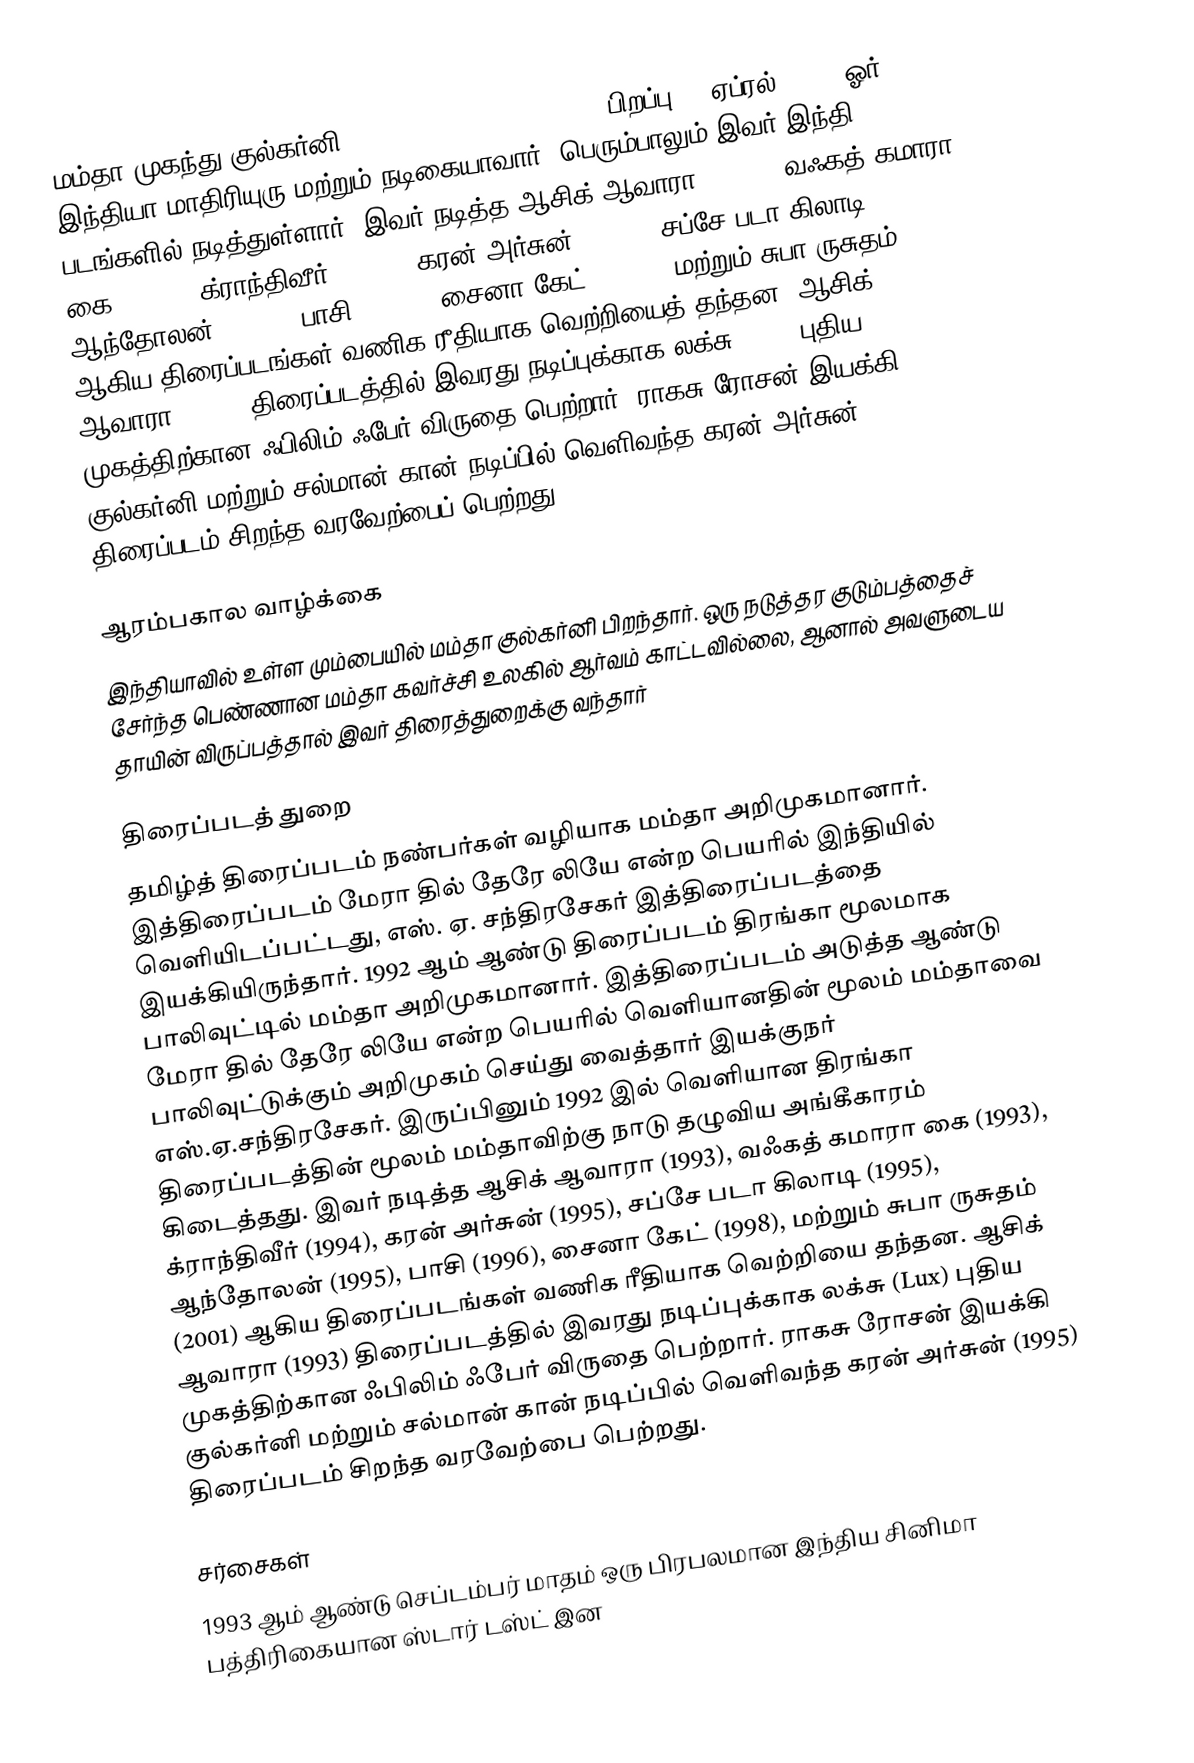
மம்தா முகந்து குல்கர்னி (Mamta Mukhund Kulkarni) (பிறப்பு:20 ஏப்ரல் 1972) ஓர் இந்தியா மாதிரியுரு மற்றும் நடிகையாவார். பெரும்பாலும் இவர் இந்தி படங்களில் நடித்துள்ளார். இவர் நடித்த ஆசிக் ஆவாரா (1993), வஃகத் கமாரா கை (1993), க்ராந்திவீர் (1994), கரன் அர்சுன் (1995), சப்சே படா கிலாடி (1995), ஆந்தோலன் (1995), பாசி (1996), சைனா கேட் (1998), மற்றும் சுபா ருசுதம் (2001) ஆகிய திரைப்படங்கள் வணிக ரீதியாக வெற்றியைத் தந்தன. ஆசிக் ஆவாரா (1993) திரைப்படத்தில் இவரது நடிப்புக்காக லக்சு (Lux) புதிய முகத்திற்கான ஃபிலிம் ஃபேர் விருதை பெற்றார். ராகசு ரோசன் இயக்கி குல்கர்னி மற்றும்  சல்மான் கான் நடிப்பில் வெளிவந்த கரன் அர்சுன் (1995) திரைப்படம் சிறந்த வரவேற்பைப் பெற்றது.

ஆரம்பகால வாழ்க்கை
இந்தியாவில் உள்ள மும்பையில் மம்தா குல்கர்னி பிறந்தார். ஒரு நடுத்தர குடும்பத்தைச் சேர்ந்த பெண்ணான மம்தா கவர்ச்சி உலகில் ஆர்வம் காட்டவில்லை, ஆனால் அவளுடைய தாயின் விருப்பத்தால் இவர் திரைத்துறைக்கு வந்தார்

திரைப்படத் துறை
தமிழ்த் திரைப்படம் நண்பர்கள் வழியாக மம்தா அறிமுகமானார். இத்திரைப்படம் மேரா தில் தேரே லியே என்ற பெயரில் இந்தியில் வெளியிடப்பட்டது, எஸ். ஏ. சந்திரசேகர் இத்திரைப்படத்தை இயக்கியிருந்தார். 1992 ஆம் ஆண்டு திரைப்படம் திரங்கா மூலமாக பாலிவுட்டில் மம்தா அறிமுகமானார். இத்திரைப்படம் அடுத்த ஆண்டு மேரா தில் தேரே லியே என்ற பெயரில் வெளியானதின் மூலம் மம்தாவை பாலிவுட்டுக்கும் அறிமுகம் செய்து வைத்தார் இயக்குநர் எஸ்.ஏ.சந்திரசேகர். இருப்பினும் 1992 இல் வெளியான  திரங்கா திரைப்படத்தின் மூலம் மம்தாவிற்கு நாடு தழுவிய அங்கீகாரம் கிடைத்தது. இவர் நடித்த ஆசிக் ஆவாரா (1993), வஃகத் கமாரா கை (1993), க்ராந்திவீர் (1994), கரன் அர்சுன் (1995), சப்சே படா கிலாடி (1995), ஆந்தோலன் (1995), பாசி (1996), சைனா கேட் (1998), மற்றும் சுபா ருசுதம் (2001) ஆகிய திரைப்படங்கள் வணிக ரீதியாக வெற்றியை தந்தன. ஆசிக் ஆவாரா (1993) திரைப்படத்தில் இவரது நடிப்புக்காக லக்சு (Lux) புதிய முகத்திற்கான ஃபிலிம் ஃபேர் விருதை பெற்றார். ராகசு ரோசன் இயக்கி குல்கர்னி மற்றும் சல்மான் கான் நடிப்பில் வெளிவந்த கரன் அர்சுன் (1995) திரைப்படம் சிறந்த வரவேற்பை பெற்றது.

சர்சைகள்
1993 ஆம் ஆண்டு செப்டம்பர் மாதம் ஒரு பிரபலமான இந்திய சினிமா பத்திரிகையான ஸ்டார் டஸ்ட் இன